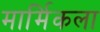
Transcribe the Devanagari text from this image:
मार्मिकला